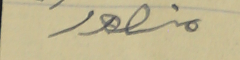
منصور